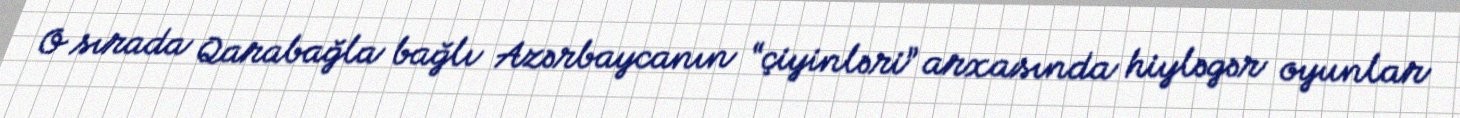
O sırada Qarabağla bağlı Azərbaycanın “çiyinləri” arxasında hiyləgər oyunlar